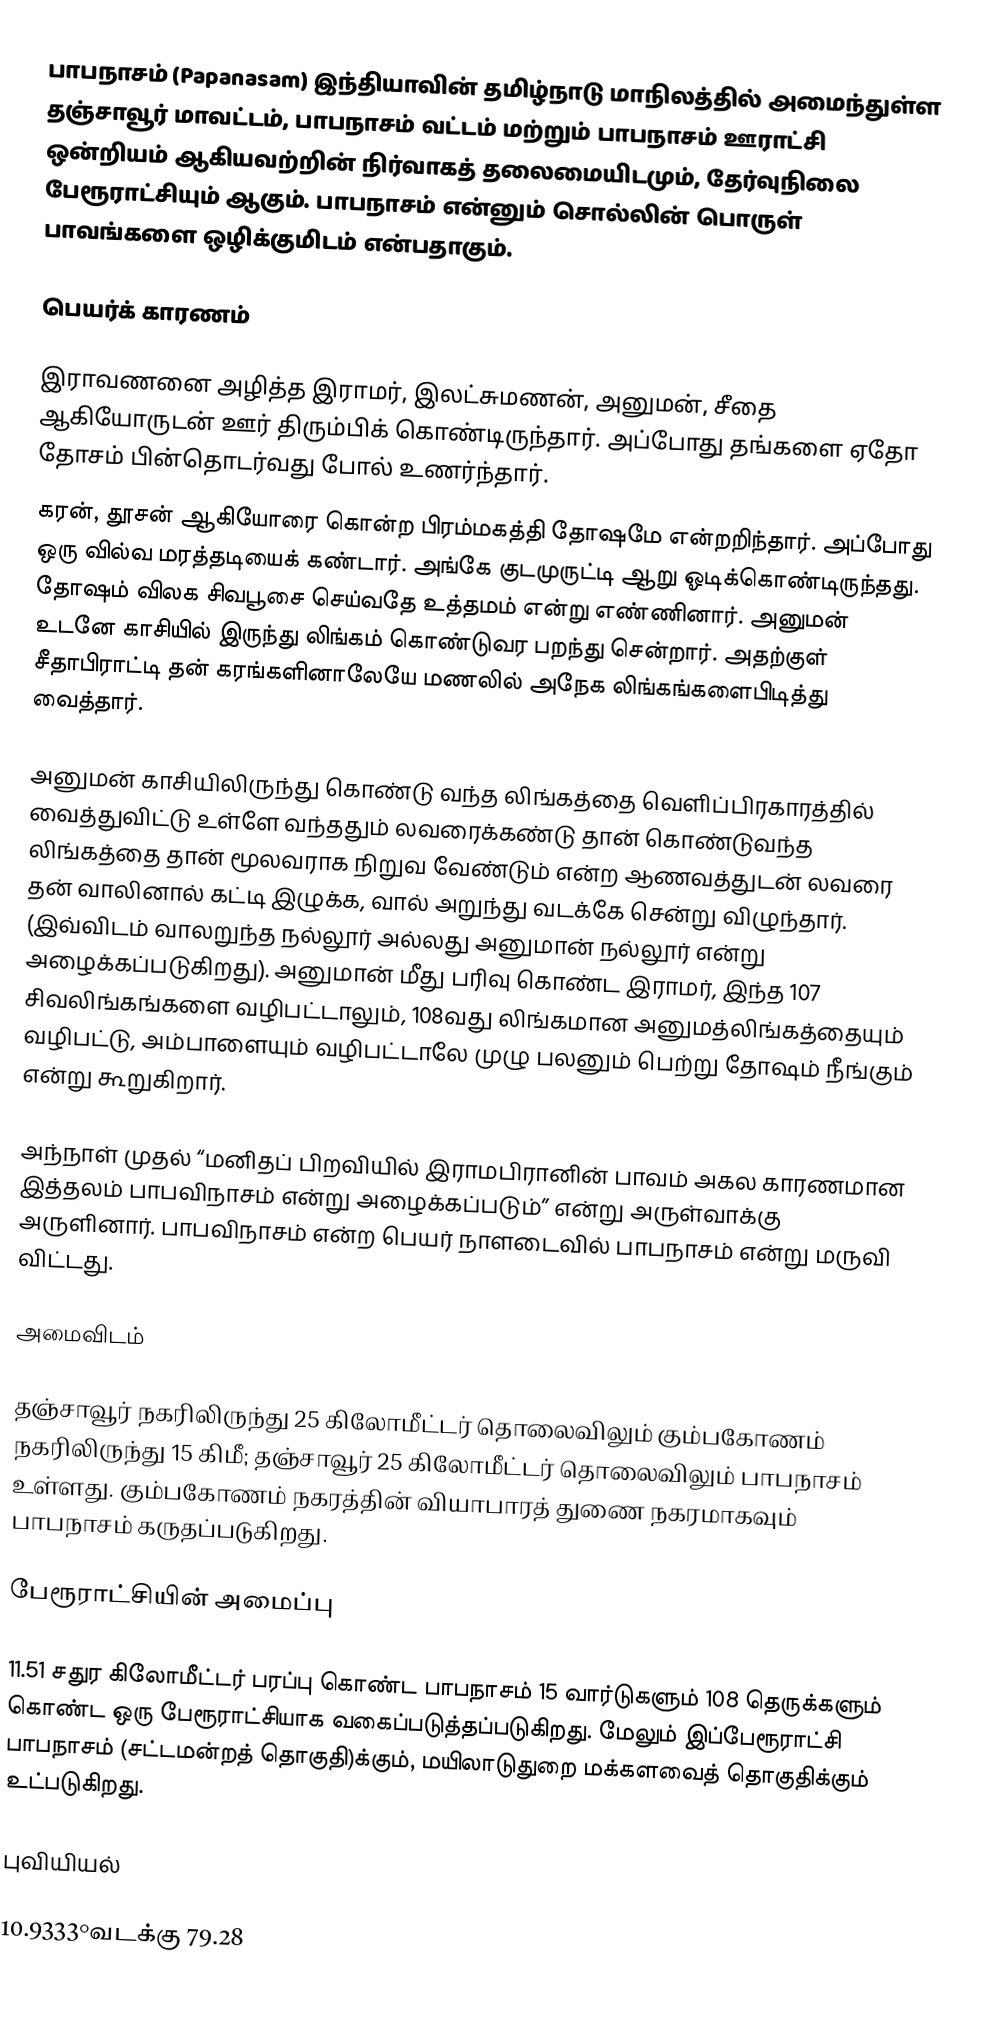
பாபநாசம்  (Papanasam)  இந்தியாவின் தமிழ்நாடு மாநிலத்தில் அமைந்துள்ள தஞ்சாவூர் மாவட்டம், பாபநாசம் வட்டம் மற்றும் பாபநாசம் ஊராட்சி ஒன்றியம் ஆகியவற்றின் நிர்வாகத் தலைமையிடமும், தேர்வுநிலை பேரூராட்சியும் ஆகும். பாபநாசம் என்னும் சொல்லின் பொருள் பாவங்களை ஒழிக்குமிடம் என்பதாகும்.

பெயர்க் காரணம்

இராவணனை அழித்த இராமர், இலட்சுமணன், அனுமன், சீதை ஆகியோருடன் ஊர் திரும்பிக் கொண்டிருந்தார். அப்போது தங்களை ஏதோ தோசம் பின்தொடர்வது போல் உணர்ந்தார்.
கரன், தூசன் ஆகியோரை கொன்ற பிரம்மகத்தி தோஷமே என்றறிந்தார். அப்போது ஒரு வில்வ மரத்தடியைக் கண்டார். அங்கே குடமுருட்டி ஆறு ஓடிக்கொண்டிருந்தது. தோஷம் விலக சிவபூசை செய்வதே உத்தமம் என்று எண்ணினார். அனுமன் உடனே காசியில் இருந்து லிங்கம் கொண்டுவர பறந்து சென்றார். அதற்குள் சீதாபிராட்டி தன் கரங்களினாலேயே மணலில் அநேக லிங்கங்களைபிடித்து வைத்தார்.

அனுமன் காசியிலிருந்து கொண்டு வந்த லிங்கத்தை வெளிப்பிரகாரத்தில் வைத்துவிட்டு உள்ளே வந்ததும் லவரைக்கண்டு தான் கொண்டுவந்த லிங்கத்தை தான் மூலவராக நிறுவ  வேண்டும் என்ற ஆணவத்துடன் லவரை தன் வாலினால் கட்டி இழுக்க, வால் அறுந்து வடக்கே சென்று விழுந்தார். (இவ்விடம் வாலறுந்த நல்லூர் அல்லது அனுமான் நல்லூர் என்று அழைக்கப்படுகிறது). அனுமான் மீது பரிவு கொண்ட இராமர், இந்த 107 சிவலிங்கங்களை வழிபட்டாலும், 108வது லிங்கமான அனுமத்லிங்கத்தையும் வழிபட்டு, அம்பாளையும் வழிபட்டாலே முழு பலனும் பெற்று தோஷம் நீங்கும் என்று கூறுகிறார்.

அந்நாள் முதல் “மனிதப் பிறவியில் இராமபிரானின் பாவம் அகல காரணமான இத்தலம் பாபவிநாசம் என்று அழைக்கப்படும்” என்று அருள்வாக்கு அருளினார். பாபவிநாசம் என்ற பெயர் நாளடைவில் பாபநாசம் என்று மருவி விட்டது.

அமைவிடம்

தஞ்சாவூர் நகரிலிருந்து 25 கிலோமீட்டர் தொலைவிலும் கும்பகோணம் நகரிலிருந்து 15 கிமீ; தஞ்சாவூர் 25 கிலோமீட்டர் தொலைவிலும்   பாபநாசம் உள்ளது. கும்பகோணம் நகரத்தின் வியாபாரத் துணை நகரமாகவும் பாபநாசம் கருதப்படுகிறது.

பேரூராட்சியின் அமைப்பு

11.51 சதுர கிலோமீட்டர் பரப்பு கொண்ட பாபநாசம்  15 வார்டுகளும் 108 தெருக்களும் கொண்ட ஒரு பேரூராட்சியாக வகைப்படுத்தப்படுகிறது. மேலும் இப்பேரூராட்சி பாபநாசம் (சட்டமன்றத் தொகுதி)க்கும், மயிலாடுதுறை மக்களவைத் தொகுதிக்கும் உட்படுகிறது.

புவியியல்

10.9333°வடக்கு 79.28